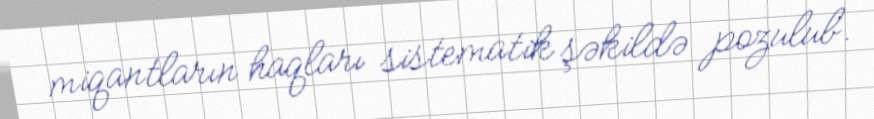
miqantların haqları sistematik şəkildə pozulub.